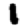
Digit: 1